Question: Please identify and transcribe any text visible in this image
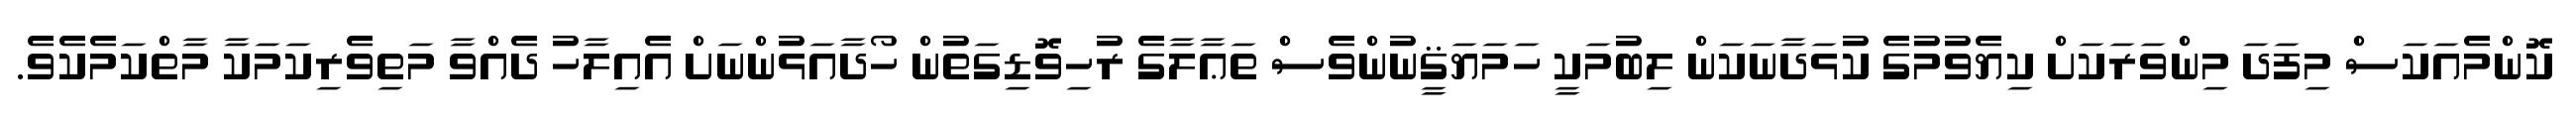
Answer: ކޮންމެއަކަސް މިފަދަ މިންވަރަކަށް ކިޔެވުމުގެ ކުޅަދާނަކަން ލިބުމަކީ ހަމަޔަޤީނުންވެސް ތަޢާލާގެ ރުހިވޮޑިގަތުން ހޯދާއަޅުންނަށް އެއިލާހު ދެއްވާ މަތިވެރިކަމަކާ މާތްކަމެކެވެ.